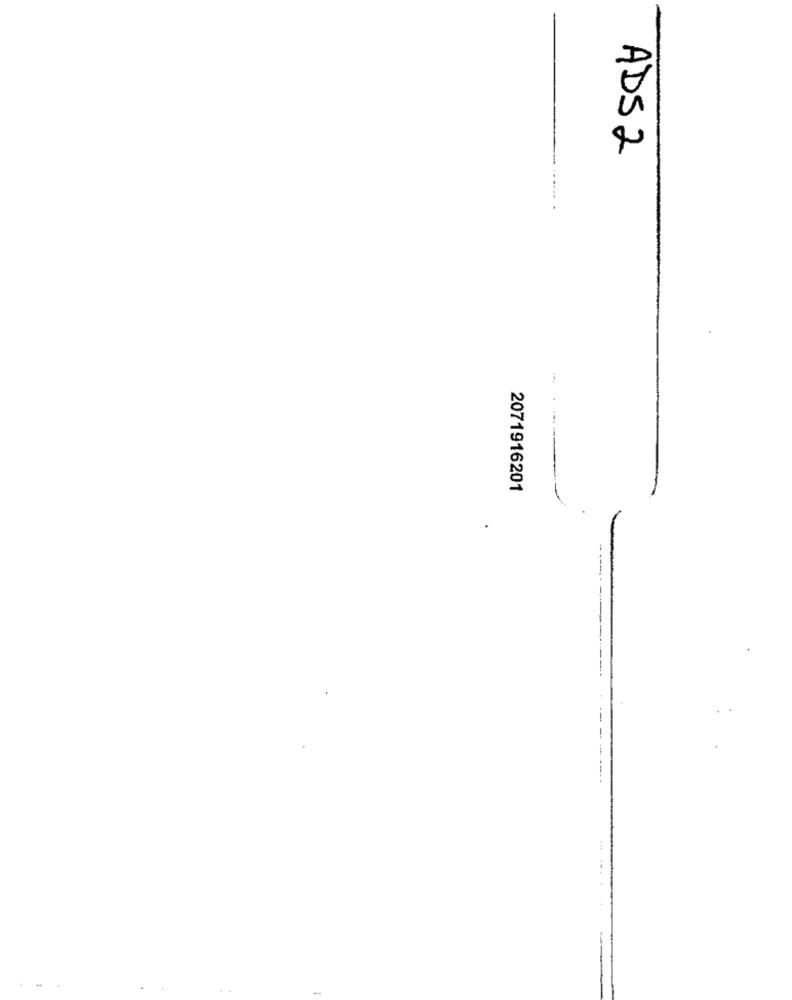
ADS2
2071916201